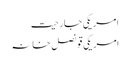
امریکی جارحیت
امریکی قونصل خانہ